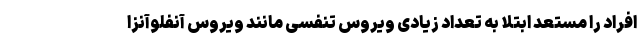
افراد را مستعد ابتلا به تعداد زیادی ویروس تنفسی مانند ویروس آنفلوآنزا